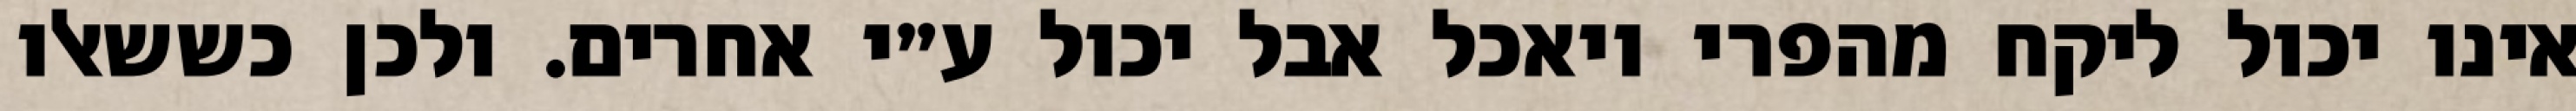
אינו יכול ליקח מהפרי ויאכל אבל יכול ע״י אחרים. ולכן כששאלו